Report of the Municipal Commissioner on the plague in Bombay for the year ending 31st May... - Volume 1
Disease focus: Plague
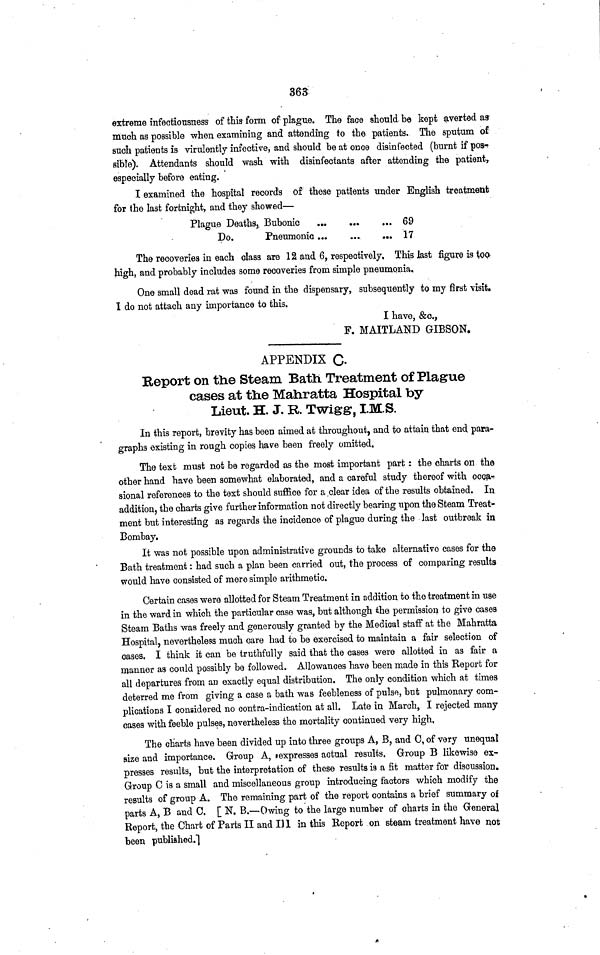
363
extreme infectiousness of this form of plague. The face should be kept averted as
much as possible -when examining and attending to the patients. The sputum of
such patients is virulently infective, and should be at once disinfected (burnt if pos-
sible). Attendants should wash with disinfectants after attending the patient,
especially before eating.
I examined the hospital records of these patients under English treatment
for the last fortnight, and they showed—
Plague Deaths, Bubonic
69
Do.
Pneumonic...
...
... 17
The recoveries in each olasa are 12 and 6, respectively. This last figure is loo
high, and probably includes some recoveries from simple pneumonia.
One small dead rat was found in the dispensary, subsequently to my first visit.
I do not attach any importance to this.
I have, &c.,
F. MAITLAND GIBSON.
APPENDIX C-
Report on the Steam Bath Treatment of Plague
cases at the Mahratta Hospital by
Lieut. H. J. R. Twigg, I.M.S.
In this report, brevity has been aimed at throughout, and to attain that end para-
graphs existing in rough copies have been freely omitted.
The text must not be regarded as the most important part : the charts on the
other hand have been somewhat elaborated, and a careful study thereof with occa-
sional references to the text should suffice for a .clear idea of the results obtained. In
addition, the charts give further information not directly bearing upon the Steam Treat-
ment but interesting as regards the incidence of plague during the last outbreak in
Bombay.
It was not possible upon administrative grounds to take alternative cases for the
Bath treatment: had such a plan been carried out, the process of comparing results
would have consisted of mere simple arithmetic.
Certain cases were allotted for Steam Treatment in addition to the treatment in use
in the ward in which the particular case was, but although the permission to give cases
Steam Baths was freely and generously granted by the Medical staff at the Mahratta
Hospital, nevertheless much care had to be exercised to maintain a fair selection of
cases. I think it can be truthfully said that the cases were allotted in as fair a
manner as could possibly be followed. Allowances have been made in this Report for
all departures from an exactly equal distribution. The only condition which at times
deterred me from giving a case a bath was feebleness of pulse, but pulmonary com-
plications I considered no centra-indication at all. Late in March, I rejected many
cases with feeble pulses, nevertheless the mortality continued very high,
The charts have been divided up into three groups A, B, and C, of very unequal
size and importance. Group A, expresses actual results. Group B likewise ex-
presses results, but the interpretation of these results is a fit matter for discussion.
Group 0 is a small and miscellaneous group introducing factors which modify the
results of group A. The remaining part of the report contains a brief summary of
parts A, B and C. [ N. B.—Owing to the large number of charts in the General
Report, the Chart of Parts II and I] 1 in this Report on steam treatment have not
been published."]